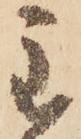
主